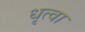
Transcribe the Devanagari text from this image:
धृत्वा